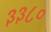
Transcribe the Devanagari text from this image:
३३८०